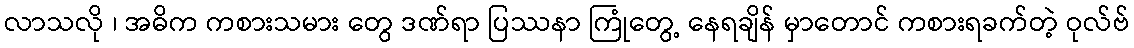
လာသလို ၊ အဓိက ကစားသမား တွေ ဒဏ်ရာ ပြဿနာ ကြုံတွေ့ နေရချိန် မှာတောင် ကစားရခက်တဲ့ ဝုလ်ဗ်